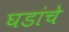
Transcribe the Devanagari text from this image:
घडांचे